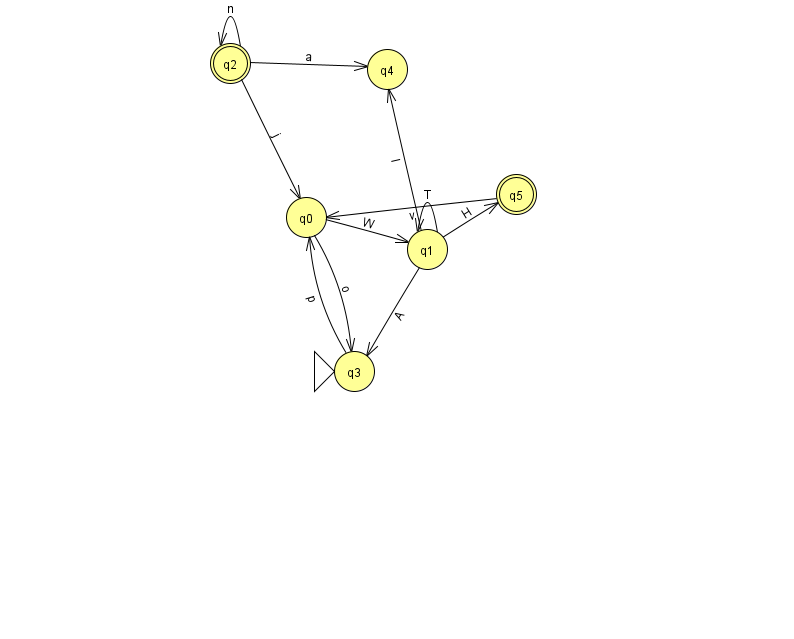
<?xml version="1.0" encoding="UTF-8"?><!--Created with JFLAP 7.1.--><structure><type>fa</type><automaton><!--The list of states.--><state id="0" name="q0"><x>306.0</x><y>204.0</y></state><state id="1" name="q1"><x>427.0</x><y>236.0</y></state><state id="2" name="q2"><x>230.0</x><y>50.0</y><final/></state><state id="3" name="q3"><x>354.0</x><y>358.0</y><initial/></state><state id="4" name="q4"><x>387.0</x><y>56.0</y></state><state id="5" name="q5"><x>516.0</x><y>181.0</y><final/></state><!--The list of transitions.--><transition><from>1</from><to>1</to><read>T</read></transition><transition><from>3</from><to>0</to><read>p</read></transition><transition><from>0</from><to>3</to><read>o</read></transition><transition><from>1</from><to>5</to><read>H</read></transition><transition><from>1</from><to>3</to><read>A</read></transition><transition><from>2</from><to>0</to><read>j</read></transition><transition><from>5</from><to>0</to><read>v</read></transition><transition><from>0</from><to>1</to><read>W</read></transition><transition><from>1</from><to>4</to><read>l</read></transition><transition><from>2</from><to>2</to><read>n</read></transition><transition><from>2</from><to>4</to><read>a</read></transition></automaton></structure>